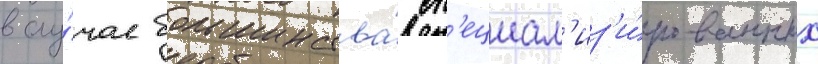
в слу́чае большинства́ сп'ециал'из'и́рованных